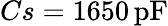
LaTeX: Cs=1650\, \mathrm{pF}